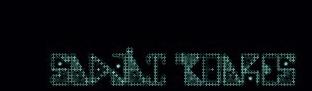
SADJÅI "BOARES